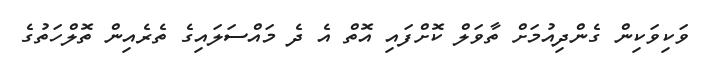
ވަކިވަކިން ގެންދިއުމަށް ތާވަލް ކޮށްފައި އޮތް އެ ދެ މައްސަލައިގެ ތެރެއިން ތޮލްހަތުގެ